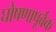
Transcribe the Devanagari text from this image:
घोषणापूर्वक